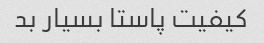
کیفیت پاستا بسیار بد